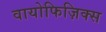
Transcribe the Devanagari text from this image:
वायोफिज़िक्स